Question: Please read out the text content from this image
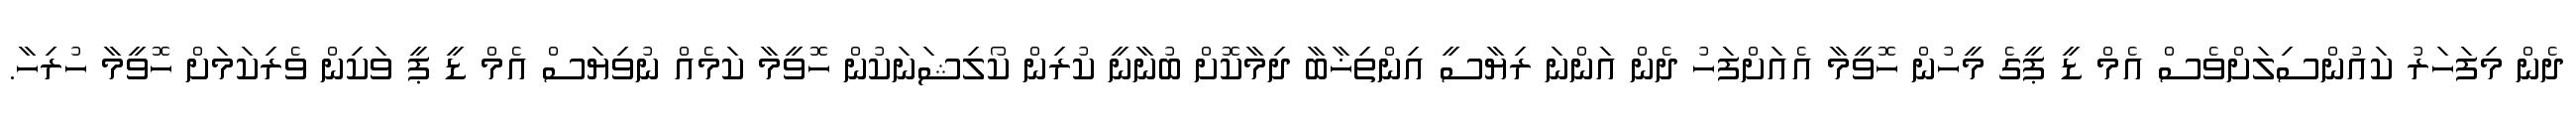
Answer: ދެން މިފަހަރު ކައުންސިލަށްވެސް އެމް ޑީ ޕީގެ މީހުން ހޮވީމާ އެއަށްފަހު ދެން އަންނަ ރިޔާސީ އިންތިޚާބާ ދިމާކޮށް ބުނާނީ ކުރިން ކޯލިޝަނަކުން ހޮވީމާ ކަމެއް ނުވިޔަސް އެމް ޑީ ޕީ ވަކިން ވެރިކަމަށް ހޮވީމާ ހުރިހާ.